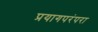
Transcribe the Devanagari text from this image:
प्रयागपरंपरा